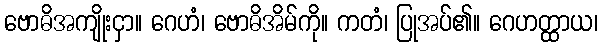
ဗောဓိအကျိုးငှာ။ ဂေဟံ၊ ဗောဓိအိမ်ကို။ ကတံ၊ ပြုအပ်၏။ ဂေဟတ္ထာယ၊